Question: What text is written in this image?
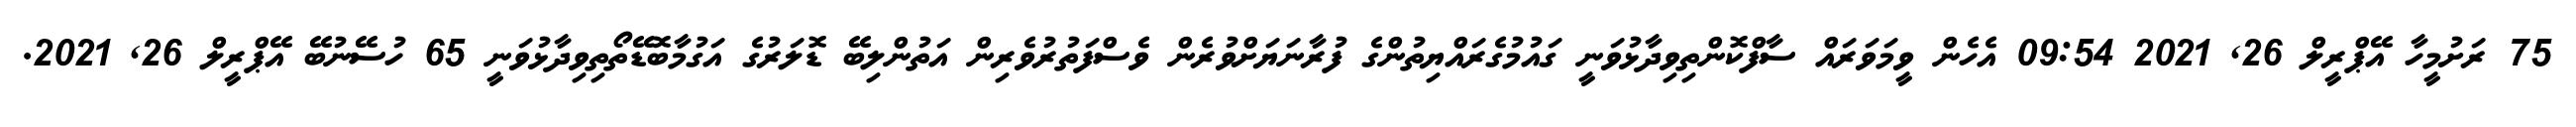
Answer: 75 ރަށުމީހާ އޭޕްރީލް 26, 2021 09:54 އެހެން ވީމަވަރައް ސާފްކޮންތިވިދާޅުވަނީ ގައުމުގެރައްޔިތުންގެ ފުރާނަޔަށްވުރެން ވެސްފަތުރުވެރިން އަތުންލިބޭ ޑޮލަރުގެ އަގުމާބޮޑޭތޯތިވިދާޅުވަނީ 65 ހުސޭނުބޭ އޭޕްރީލް 26, 2021.